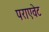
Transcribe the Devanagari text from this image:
पराएवेट